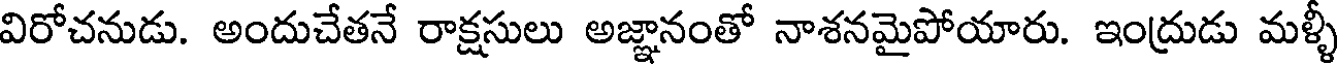
విరోచనుడు. అందుచేతనే రాక్షసులు అజ్ఞానంతో నాశనమైపోయారు. ఇంద్రుడు మళ్ళీ